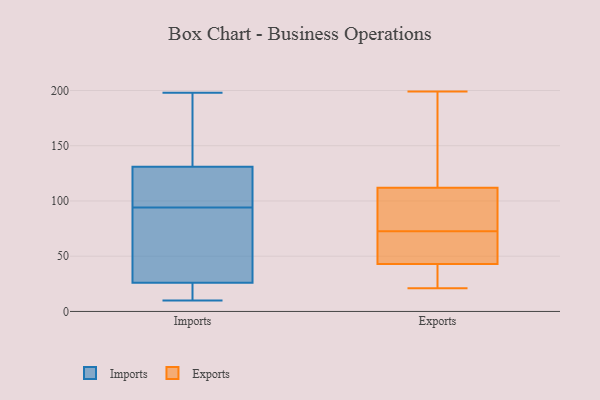
{"axis": {"x": "Demand Index", "y": "Value"}, "legend": ["Exports", "Imports"], "data": [{"x": "", "y": 115, "type": "Imports"}, {"x": "", "y": 121, "type": "Imports"}, {"x": "", "y": 10, "type": "Imports"}, {"x": "", "y": 162, "type": "Imports"}, {"x": "", "y": 57, "type": "Imports"}, {"x": "", "y": 73, "type": "Imports"}, {"x": "", "y": 11, "type": "Imports"}, {"x": "", "y": 198, "type": "Imports"}, {"x": "", "y": 136, "type": "Imports"}, {"x": "", "y": 40, "type": "Imports"}, {"x": "", "y": 12, "type": "Imports"}, {"x": "", "y": 126, "type": "Imports"}, {"x": "", "y": 78, "type": "Exports"}, {"x": "", "y": 61, "type": "Exports"}, {"x": "", "y": 43, "type": "Exports"}, {"x": "", "y": 156, "type": "Exports"}, {"x": "", "y": 110, "type": "Exports"}, {"x": "", "y": 67, "type": "Exports"}, {"x": "", "y": 21, "type": "Exports"}, {"x": "", "y": 107, "type": "Exports"}, {"x": "", "y": 112, "type": "Exports"}, {"x": "", "y": 56, "type": "Exports"}, {"x": "", "y": 199, "type": "Exports"}, {"x": "", "y": 26, "type": "Exports"}, {"x": "", "y": 39, "type": "Exports"}, {"x": "", "y": 158, "type": "Exports"}]}